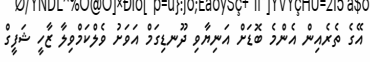
އޭގެ ތެރެއިން އެންމެ ބޮޑަށް އަނިޔާވި ދޫނޑިގަމް އަވަށު ވެލްކަމްވިލާ ޒާހީ ޝަފީގް